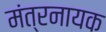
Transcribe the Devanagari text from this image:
मंत्रनायक